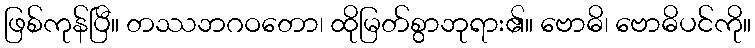
ဖြစ်ကုန်ပြီ။ တဿဘဂဝတော၊ ထိုမြတ်စွာဘုရား၏။ ဗောဓိ၊ ဗောဓိပင်ကို။